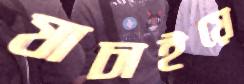
যাচাইয়ে